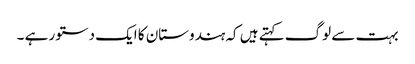
بہت سے لوگ کہتے ہیں کہ ہندوستان کا ایک دستور ہے ۔